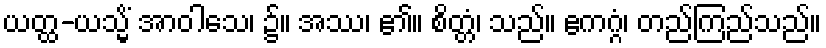
ယတ္ထ-ယသ္မိံ အာဝါသေ၊ ၌။ အဿ၊ ၏။ စိတ္တံ၊ သည်။ ဧကဂ္ဂံ၊ တည်ကြည်သည်။